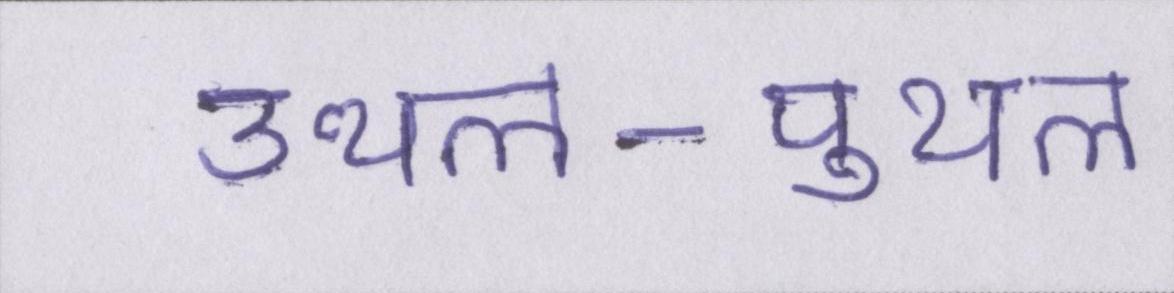
उथल-पुथल